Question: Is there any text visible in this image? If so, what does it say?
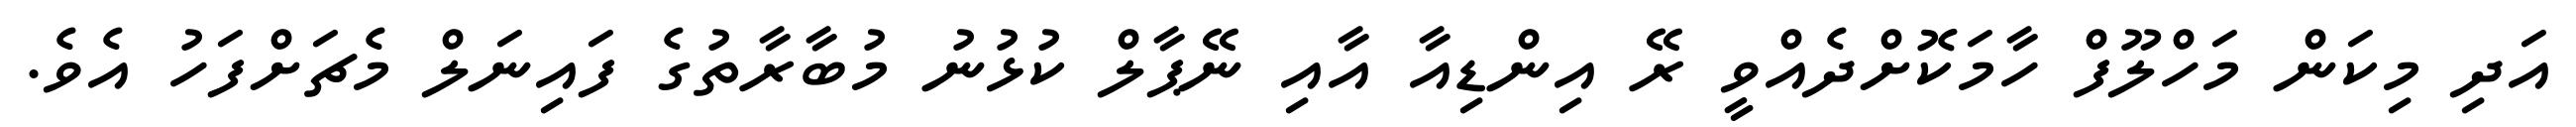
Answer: އަދި މިކަން މަހްލޫފް ހާމަކޮށްދެއްވީ ރޭ އިންޑިއާ އާއި ނޭޕާލް ކުޅުނު މުބާރާތުގެ ފައިނަލް މެޗަށްފަހު އެވެ.